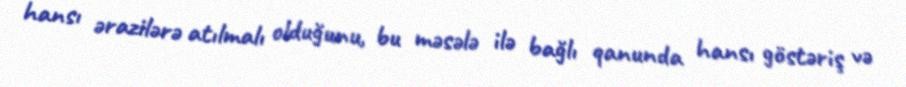
hansı ərazilərə atılmalı olduğunu, bu məsələ ilə bağlı qanunda hansı göstəriş və